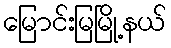
မြောင်းမြမြို့နယ်